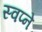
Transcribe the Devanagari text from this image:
स्वप्‍ने